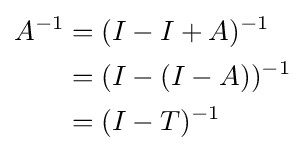
{\begin{aligned}A^{-1}&=(I-I+A)^{-1}\\&=(I-(I-A))^{-1}\\&=(I-T)^{-1}\end{aligned}}